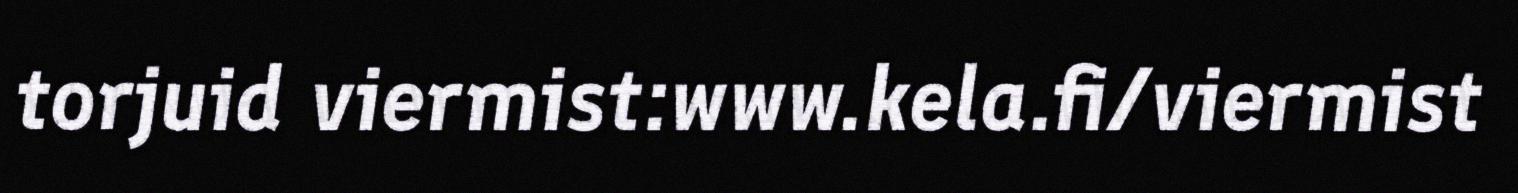
torjuid viermist:www.kela.fi/viermist